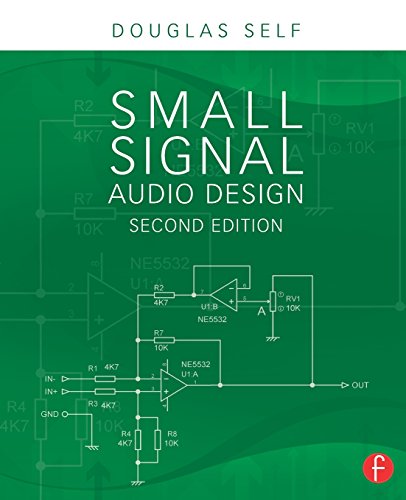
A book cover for Small Signal Audio Design; Douglas Self; Science & Math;